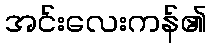
အင်းလေးကန်၏